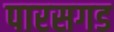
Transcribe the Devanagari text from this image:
पारसगड